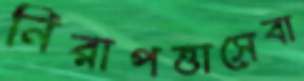
নিরাপত্তাসেবা